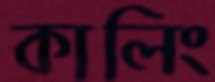
কালিং